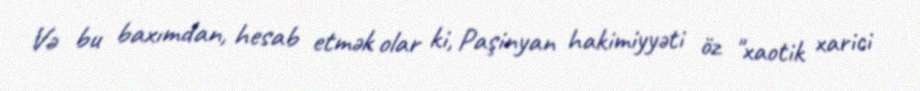
Və bu baxımdan, hesab etmək olar ki, Paşinyan hakimiyyəti öz "xaotik xarici